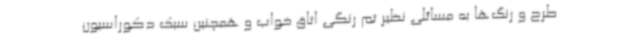
طرح و رنگ‌ها به مسائلی نظیر تم رنگی اتاق خواب و همچنین سبک دکوراسیون